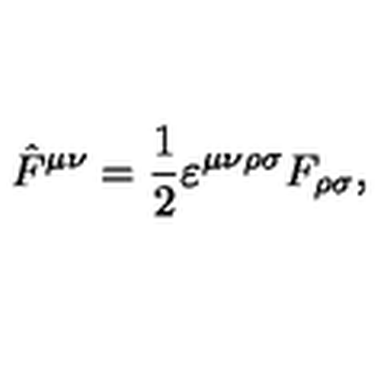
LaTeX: \hat { F } ^ { \mu \nu } = \frac { 1 } { 2 } \varepsilon ^ { \mu \nu \rho \sigma } F _ { \rho \sigma } ,